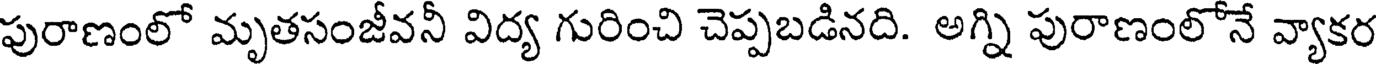
పురాణంలో మృతసంజీవనీ విద్య గురించి చెప్పబడినది. అగ్ని పురాణంలోనే వ్యాకర